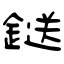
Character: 鎹